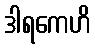
ဒါရကေဟိ